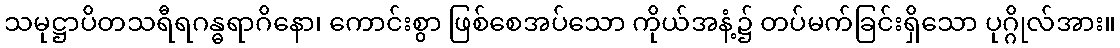
သမုဋ္ဌာပိတသရီရဂန္ဓရာဂိနော၊ ကောင်းစွာ ဖြစ်စေအပ်သော ကိုယ်အနံ့၌ တပ်မက်ခြင်းရှိသော ပုဂ္ဂိုလ်အား။